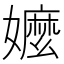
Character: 嬤